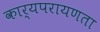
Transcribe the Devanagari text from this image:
कार्यपरायणता